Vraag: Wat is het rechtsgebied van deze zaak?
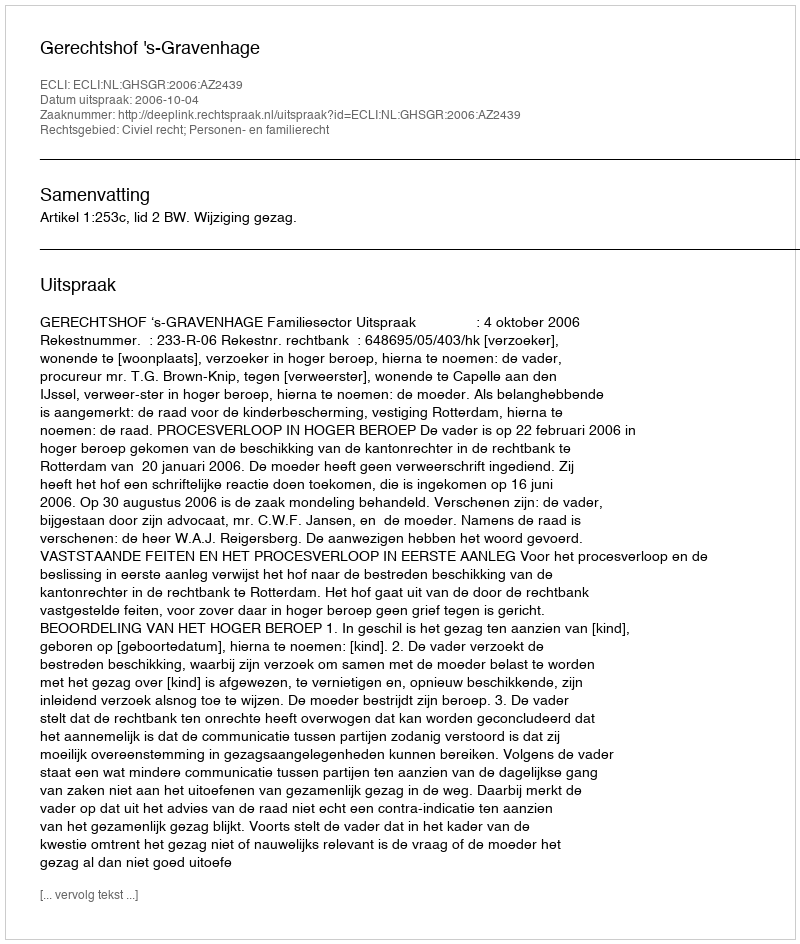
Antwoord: Civiel recht; Personen- en familierecht